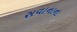
સવાનાના